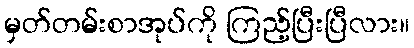
မှတ်တမ်းစာအုပ်ကို ကြည့်ပြီးပြီလား။